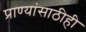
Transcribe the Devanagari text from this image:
प्राण्यांसाठीही